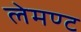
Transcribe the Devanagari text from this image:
लेमण्ट